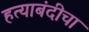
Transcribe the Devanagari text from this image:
हत्याबंदीचा